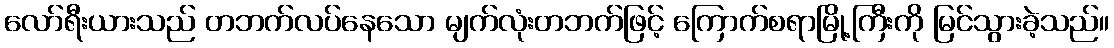
လော်ရီးယားသည် တဘက်လပ်နေသော မျက်လုံးတဘက်ဖြင့် ကြောက်စရာမြို့ကြီးကို မြင်သွားခဲ့သည်။